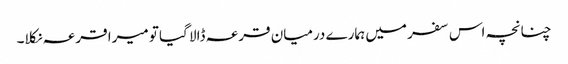
چنانچہ اس سفر میں ہمارے درمیان قرعہ ڈالا گیا تو میرا قرعہ نکلا۔